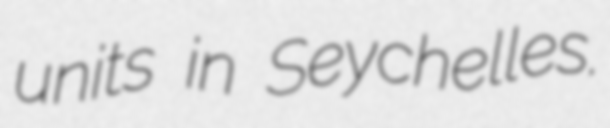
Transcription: units in Seychelles.